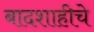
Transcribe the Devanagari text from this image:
बादशाहीचे